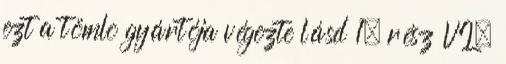
ezt a tömlõ gyártója végezte lásd 1. rész VI.